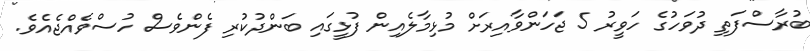
ބުރާސްފަތި ދުވަހުގެ ހަވީރު 5 ޖަހަންވާއިރަށް މުޅިމާލެއިން ފުޅީގައި ބަންދުކުރި ފެންވެސް ހުސްވެއްޖެއެވެ.